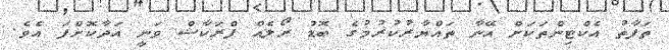
ތަފާތު އެކްޓިންތަކަށް އޭނާ ތައްޔާރުކުރުމުގެ ބޮޑު ރޯލެއް ޕްރަކާޝް ވަނީ އަދާކޮށްފަ އެވެ.